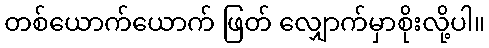
တစ်ယောက်ယောက် ဖြတ် လျှောက်မှာစိုးလို့ပါ။